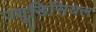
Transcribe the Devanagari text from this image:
ज्यूडिसियल